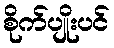
စိုက်ပျိုးပင်